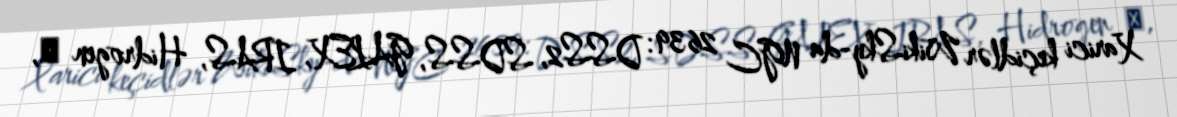
Xarici keçidlər WikiSky-da NGC 2639: DSS2, SDSS, GALEX, IRAS, Hidrogen α,